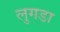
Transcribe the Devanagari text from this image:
लुगडा